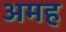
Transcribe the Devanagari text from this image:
अमह